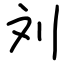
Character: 刘